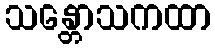
သန္တောသကထာ